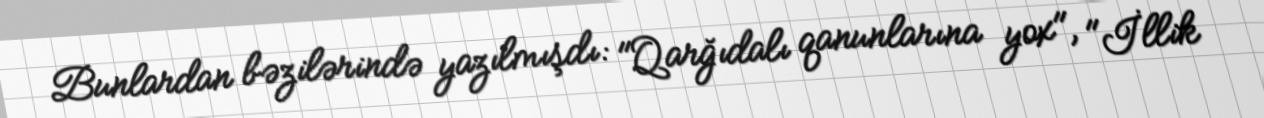
Bunlardan bəzilərində yazılmışdı: "Qarğıdalı qanunlarına yox", "İllik